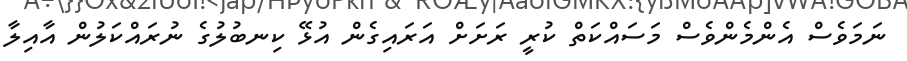
ނަމަވެސް އެންމެންވެސް މަސައްކަތް ކުރީ ރަށަށް އަރައިގެން އުޅޭ ކިނބުލުގެ ނުރައްކަލުން އާއިލާ